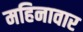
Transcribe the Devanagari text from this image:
महिनावार